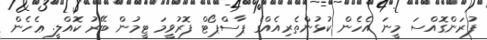
ފުރަންގޮއްސަ މީނަ އެހެން ކުޅުންތެރިއެއްގެ ޕާސްޕޯޓް ފޮރުވީމަ ޓީމުން ބޭރު ކޮއްލީ. ޢެހެން